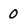
Character: 0